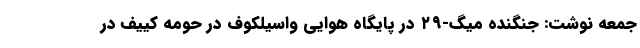
جمعه نوشت: جنگنده میگ-۲۹ در پایگاه هوایی واسیلکوف در حومه کییف در